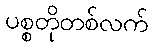
ပစ္စတိုတစ်လက်